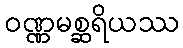
ဝဏ္ဏမစ္ဆရိယဿ